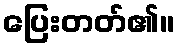
ပြေးတတ်၏။